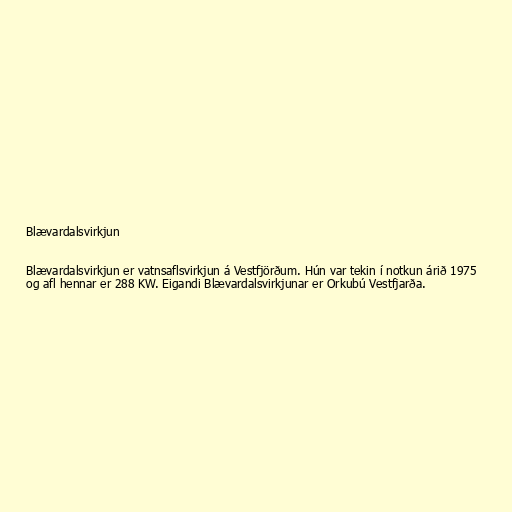
Blævardalsvirkjun

Blævardalsvirkjun er vatnsaflsvirkjun á Vestfjörðum. Hún var tekin í notkun árið 1975
og afl hennar er 288 KW. Eigandi Blævardalsvirkjunar er Orkubú Vestfjarða.